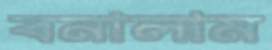
বনালাম